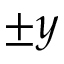
\pm y